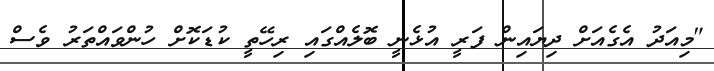
"މިއަދު އެގެއަށް ދިޔައިން ފަރީ އުޅެނީ ބޮލެއްގައި ރިހޭތީ ކުޑަކޮށް ހުންވައްތަރު ވެސް